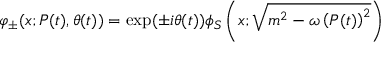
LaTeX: \varphi _ { \pm } ( x ; P ( t ) , \theta ( t ) ) = \exp ( \pm i \theta ( t ) ) \phi _ { S } \left( x ; \sqrt { m ^ { 2 } - \omega \left( P ( t ) \right) ^ { 2 } } \right)